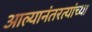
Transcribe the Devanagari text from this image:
आल्यानंतरत्यांच्या